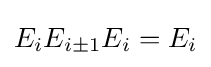
E_{i}E_{i\pm 1}E_{i}=E_{i}